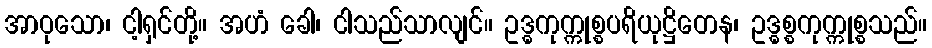
အာဝုသော၊ ငါ့ရှင်တို့။ အဟံ ခေါ၊ ငါသည်သာလျင်။ ဥဒ္ဓကုက္ကုစ္စပရိယုဋ္ဌိတေန၊ ဥဒ္ဓစ္စကုက္ကုစ္စသည်။